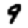
Digit: 9